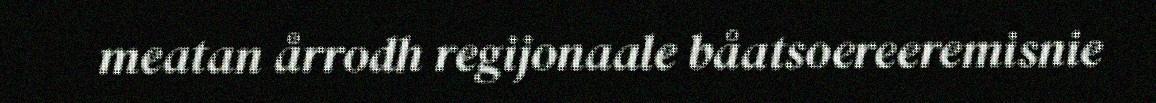
meatan årrodh regijonaale båatsoereeremisnie